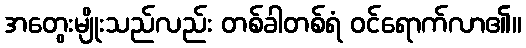
အတွေးမျိုးသည်လည်း တစ်ခါတစ်ရံ ဝင်ရောက်လာ၏။